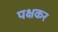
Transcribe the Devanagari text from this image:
पक्षकर